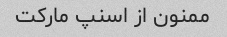
ممنون از اسنپ مارکت